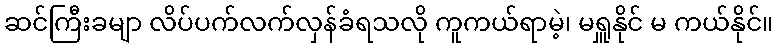
ဆင်ကြီးခမျာ လိပ်ပက်လက်လှန်ခံရသလို ကူကယ်ရာမဲ့၊ မရှူနိုင် မ ကယ်နိုင်။